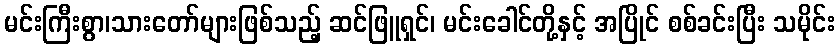
မင်းကြီးစွာ၊သားတော်များဖြစ်သည့် ဆင်ဖြူရှင်၊ မင်းခေါင်တို့နှင့် အပြိုင် စစ်ခင်းပြီး သမိုင်း